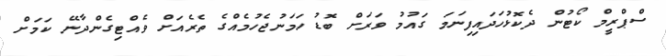
ސްޕްރީމް ކޯޓުން ދެކޮޅުހަދައިފިނަމަ ގައުމު ވަރަށް ބޮޑު ހަމަނުޖެހުމެއްގެ ތެރެއަށް ވެއްޓިގެންދާނޭ ކަމަށް